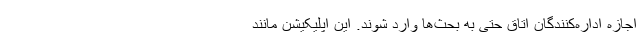
اجازه اداره‌کنندگان اتاق حتی به بحث‌ها وارد شوند. این اپلیکیشن مانند